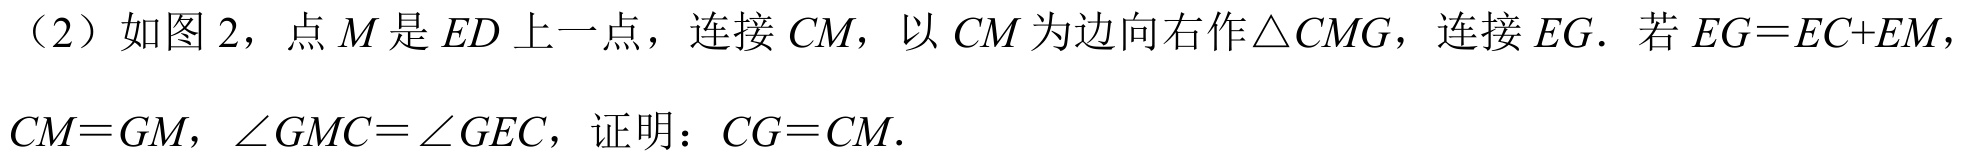
（2）如图 2，点 \(M\) 是 \(ED\) 上一点，连接 \(CM\)，以 \(CM\) 为边向右作\(\triangle CMG\)，连接 \(EG\)．若 \(EG = EC + EM\)，\(CM = GM\)，\(\angle GMC=\angle GEC\)，证明：\(CG = CM\)．